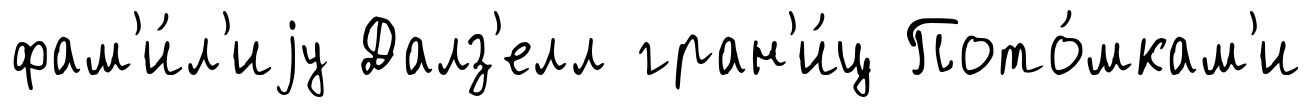
фам'и́л'иjу Далз'елл гран'и́ц Пото́мкам'и